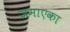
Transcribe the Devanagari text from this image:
जमाएका